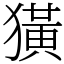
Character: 獚